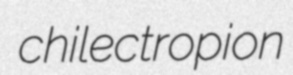
chilectropion